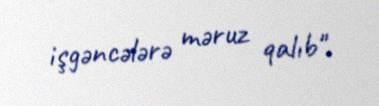
işgəncələrə məruz qalıb".